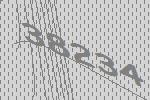
38234